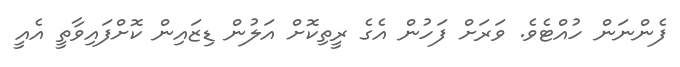
ފެންނަން ހުއްޓެވެ. ވަރަށް ފަހުން އެގެ ރީތިކޮށް އަލުން ޑިޒައިން ކޮށްފައިވާތީ އެއީ